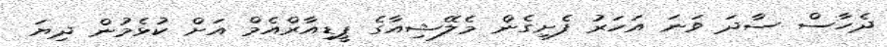
ދެހާސް ސާދަ ވަނަ އަހަރު ފެށިގެން މެލޭޝިއާގެ ޕީޑިއާރްއެމް އަށް ކުޅެމުން ދިޔަ